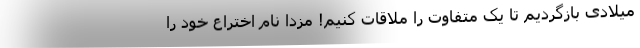
میلادی بازگردیم تا یک متفاوت را ملاقات کنیم! مزدا نام اختراع خود را